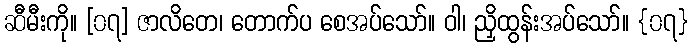
ဆီမီးကို။ [၀၇] ဇာလိတေ၊ တောက်ပ စေအပ်သော်။ ဝါ၊ ညှိထွန်းအပ်သော်။ {၀၇}